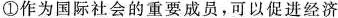
①作为国际社会的重要成员，可以促进经济